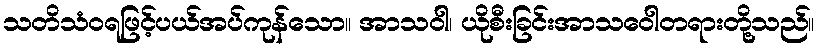
သတိသံဝရဖြင့်ပယ်အပ်ကုန်သော။ အာသဝါ၊ ယိုစီးခြင်းအာသဝေါတရားတို့သည်။